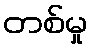
တစ်မှု